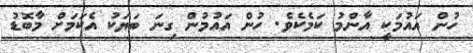
ހުން އައުމަކީ އާންމު ކަމެކެވެ. ހުން އައުމުން ގިނަ ބަޔަކު އެކަމަށް މާބޮޑު